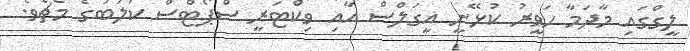
ލީގްގައި މާދަމާ ހަވީރު ކުޅޭނީ އީގަލްސް އާއި ވިކްޓަރީ ސްޕޯޓްސް ކުލަބުގެ މެޗެވެ.